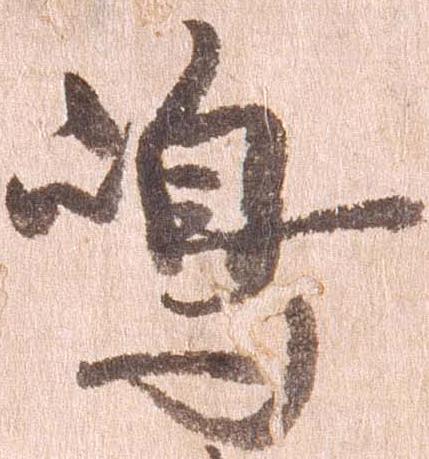
島